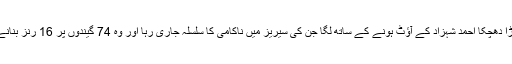
پاکستان کی اننگز کو دن کا پہلا بڑا دھچکا احمد شہزاد کے آؤٹ ہونے کے ساتھ لگا جن کی سیریز میں ناکامی کا سلسلہ جاری رہا اور وہ 74 گیندوں پر 16 رنز بنانے کے بعد ایل بی ڈبلیو قرار پائے۔